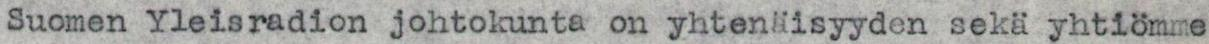
Suomen Yleisradion johtokunta on yhtenäisyyden sekä yhtiömme